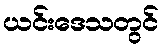
ယင်းဒေသတွင်